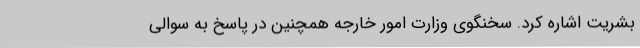
بشریت اشاره کرد. سخنگوی وزارت امور خارجه همچنین در پاسخ به سوالی